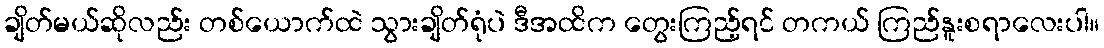
ချိတ်မယ်ဆိုလည်း တစ်ယောက်ထဲ သွားချိတ်ရုံပဲ ဒီအထိက တွေးကြည့်ရင် တကယ် ကြည်နူးစရာလေးပါ။